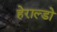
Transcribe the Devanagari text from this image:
हेराल्डो